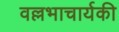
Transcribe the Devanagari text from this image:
वल्लभाचार्यकी